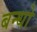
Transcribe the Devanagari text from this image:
बन्धो